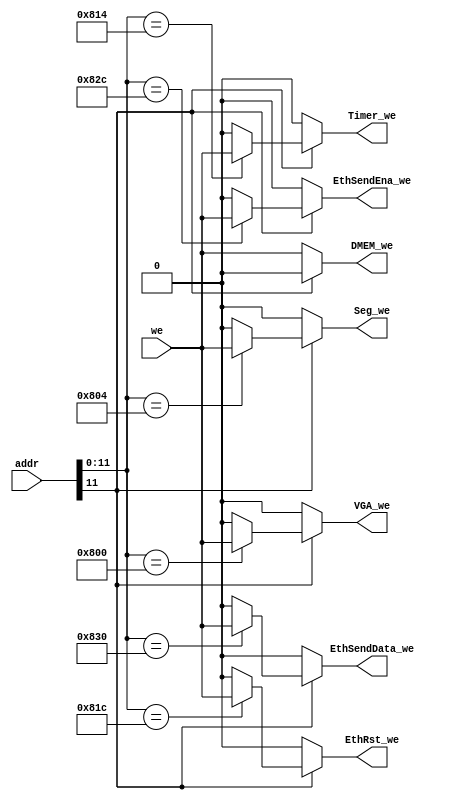
module WriteSelect(
	input [31:0]addr,
	input we,
	output reg DMEM_we,
	output reg Seg_we,
	output reg VGA_we,
	output reg Timer_we,
	output reg EthRst_we,
	output reg EthSendData_we,
	output reg EthSendEna_we
);

//sw 800 804 814   81c
//   VGA Seg Timer EthRst

	always @(*) begin
		if(addr[11] == 1'b1) begin
			//
			case(addr[11:0])
				12'h800: begin
					VGA_we = we;
					Seg_we = 1'b0;
					DMEM_we = 1'b0;
					Timer_we = 1'b0;
					EthRst_we = 1'b0;
					EthSendData_we = 1'b0;
					EthSendEna_we = 1'b0;
				end
				12'h804: begin
					VGA_we = 1'b0;
					Seg_we = we;
					DMEM_we = 1'b0;
					Timer_we = 1'b0;
					EthRst_we = 1'b0;
					EthSendData_we = 1'b0;
					EthSendEna_we = 1'b0;
				end
				12'h814: begin
					VGA_we = 1'b0;
					Seg_we = 1'b0;
					DMEM_we = 1'b0;
					Timer_we = we;
					EthRst_we = 1'b0;
					EthSendData_we = 1'b0;
					EthSendEna_we = 1'b0;
				end
				12'h81c: begin
					VGA_we = 1'b0;
					Seg_we = 1'b0;
					DMEM_we = 1'b0;
					Timer_we = 1'b0;
					EthRst_we = we;
					EthSendData_we = 1'b0;
					EthSendEna_we = 1'b0;
				end
				12'h82c: begin
					VGA_we = 1'b0;
					Seg_we = 1'b0;
					DMEM_we = 1'b0;
					Timer_we = 1'b0;
					EthRst_we = 1'b0;
					EthSendData_we = 1'b0;
					EthSendEna_we = we;
				end
				12'h830: begin
					VGA_we = 1'b0;
					Seg_we = 1'b0;
					DMEM_we = 1'b0;
					Timer_we = 1'b0;
					EthRst_we = 1'b0;
					EthSendData_we = we;
					EthSendEna_we = 1'b0;
				end
				default: begin
					VGA_we = 1'b0;
					Seg_we = 1'b0;
					DMEM_we = 1'b0;
					Timer_we = 1'b0;
					EthRst_we = 1'b0;
					EthSendData_we = 1'b0;
					EthSendEna_we = 1'b0;
				end
			endcase
		end else begin
			//DMEM
			VGA_we = 1'b0;
			Seg_we = 1'b0;
			DMEM_we = we;
			Timer_we = 1'b0;
			EthRst_we = 1'b0;
			EthSendData_we = 1'b0;
			EthSendEna_we = 1'b0;
		end
	end
endmodule